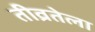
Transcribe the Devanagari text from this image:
तीव्रतेला